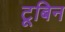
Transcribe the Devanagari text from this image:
टूबिन